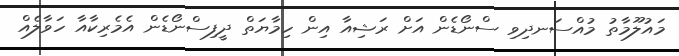
މައުލޫމާތު މުއްސަނދިވި ސްނޯޑެން އަށް ރަޝިއާ އިން ހިމާޔަތް ދީފިސްނޯޑެން އެމެރިކާއާ ހަވާލެއް